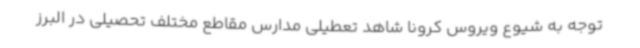
توجه به شیوع ویروس کرونا شاهد تعطیلی مدارس مقاطع مختلف تحصیلی در البرز